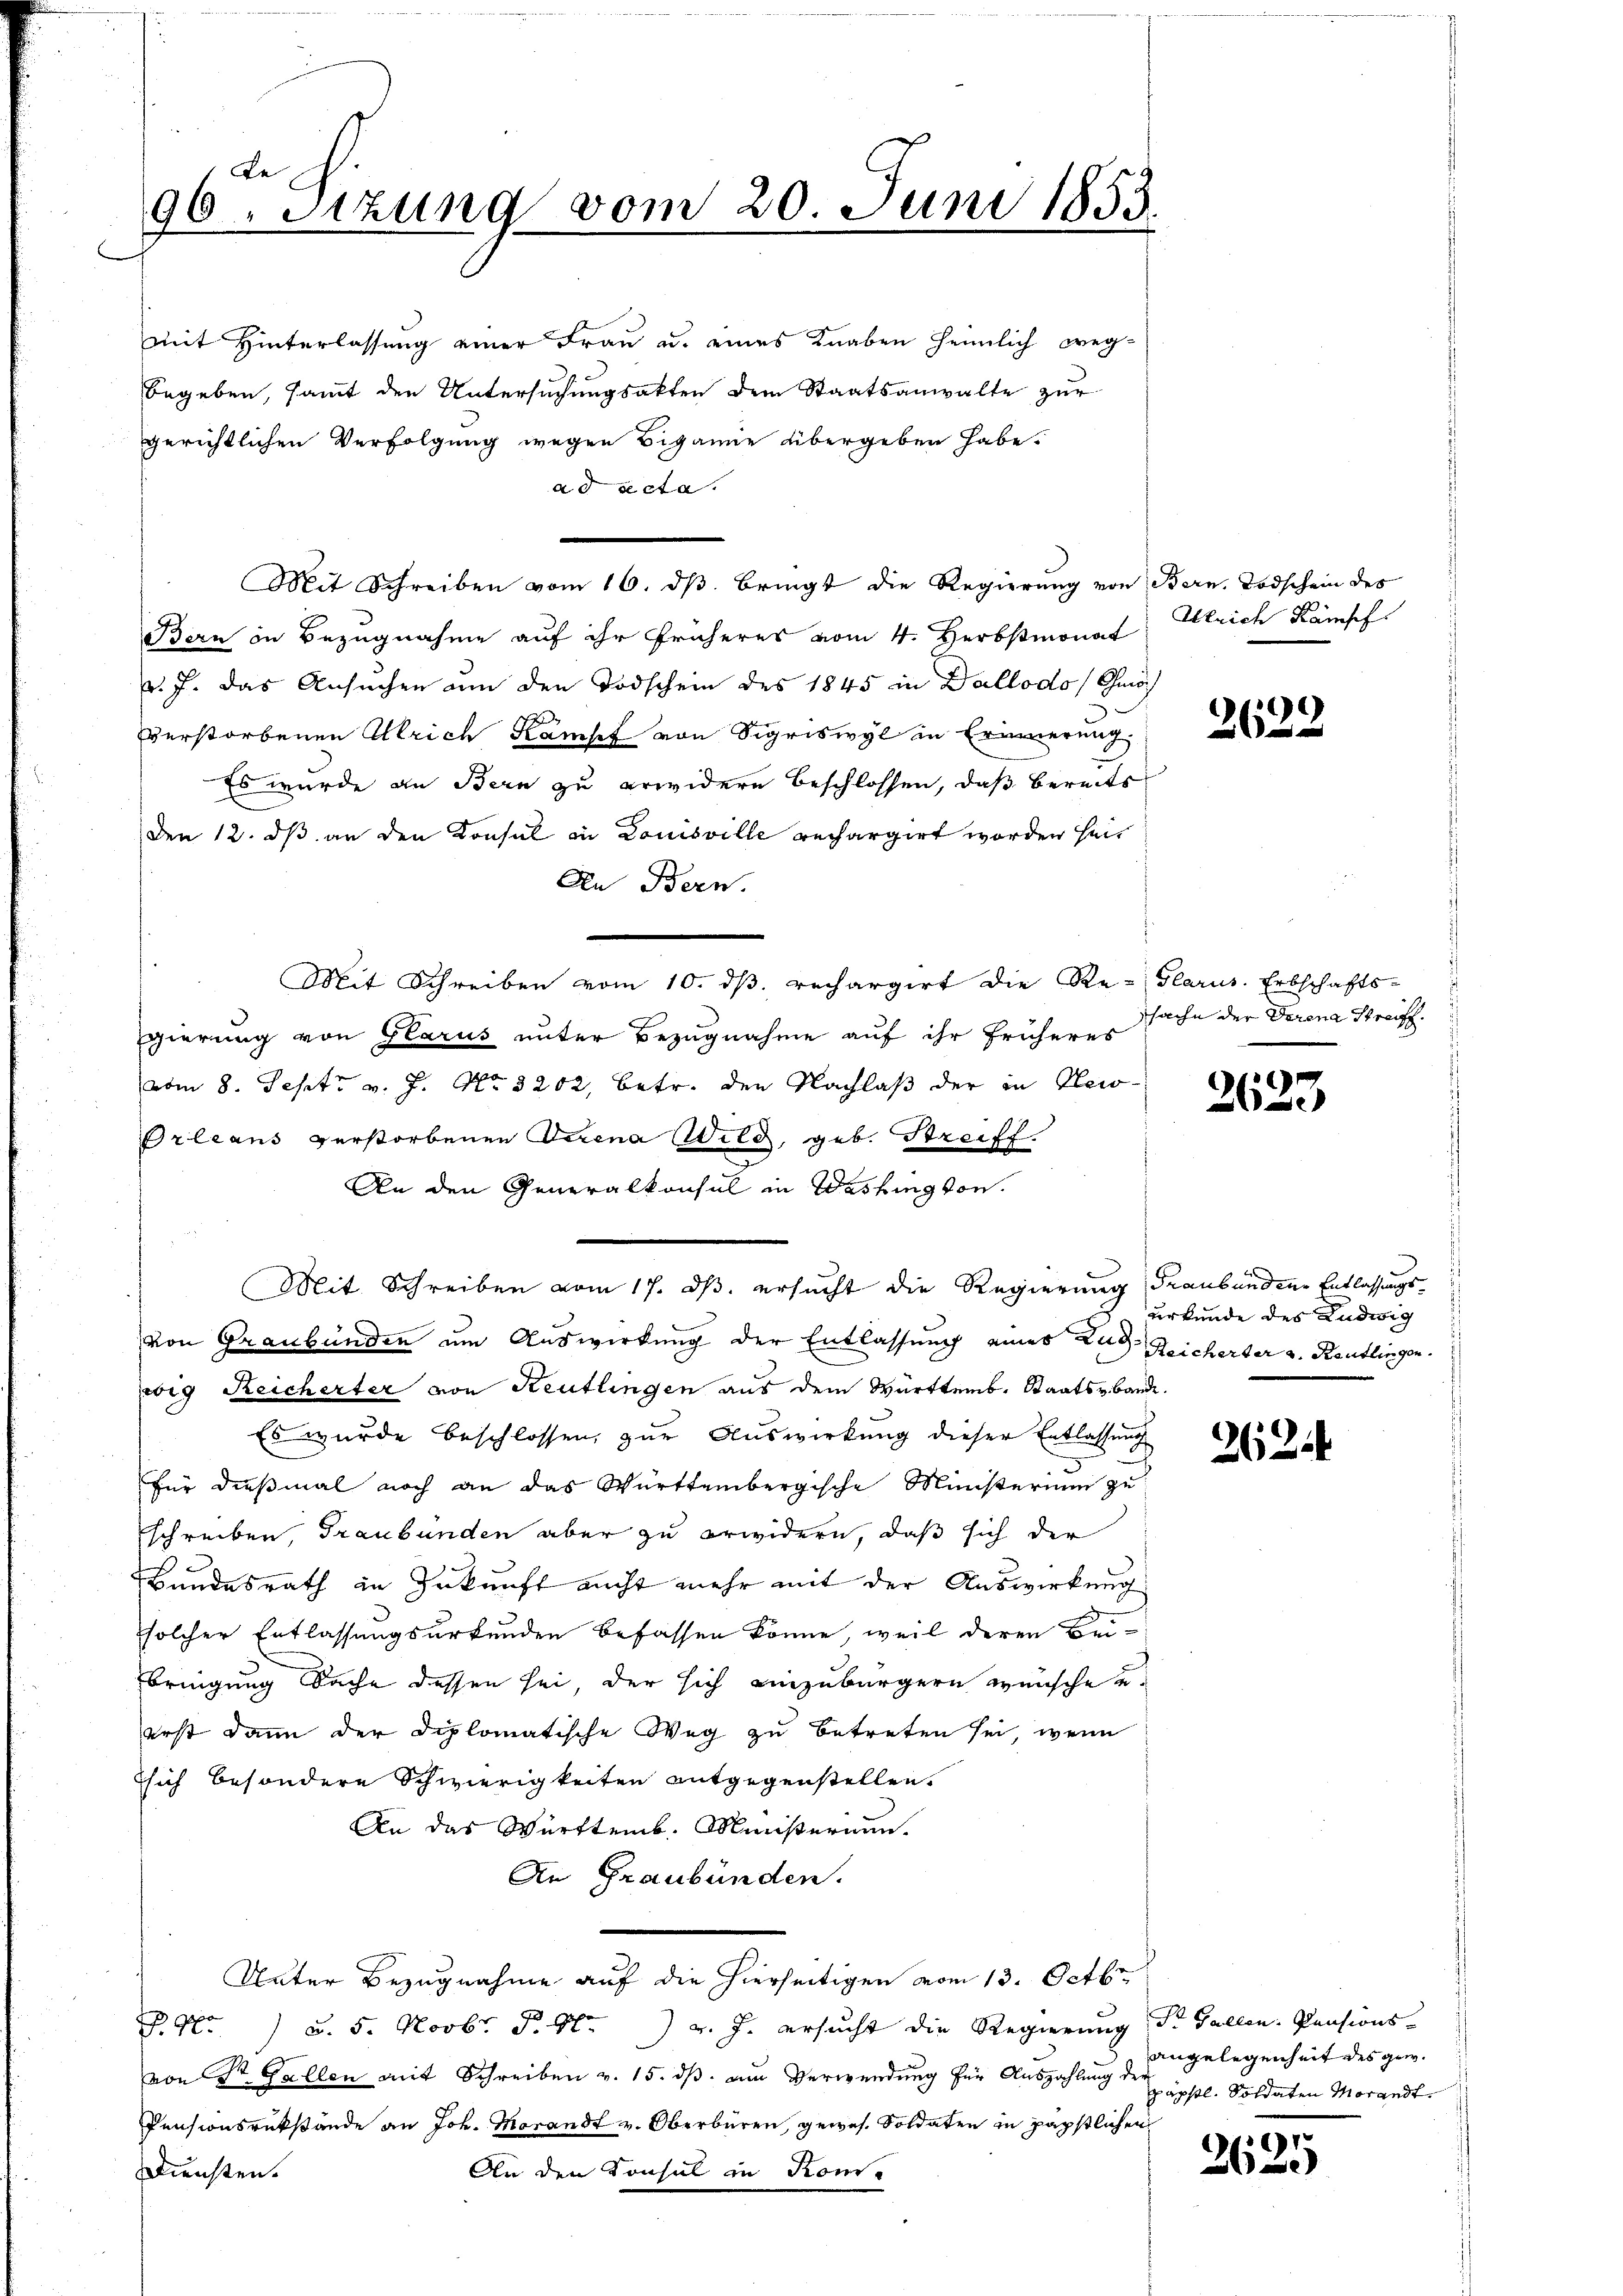
Be
96. Sitzung vom 20. Juni 1853.

begeben, samt den Untersuchungsakten dem Staatsanwalte zur
gerichtlichen Verfolgung wegen Beganne übergeben habe.
ad acta
Mit Schreiben vom 16. ds. bringt die Regierung von Bern, Todschein des
Bern in Bezugnahme auf ihr früheres vom 4. Herbstmonat Gleich Kämpf
v. J. das Ansuchen um den Todschein des 1845 in Dallodo, möch
verstorbenen Ulrich Kampf von Sigriswyl in Erinnerung.
Es wurde an Bern zu erwidern beschlossen, daß bereits
Den 12. ds an den Konsul in Louisville rechargirt worden sein
An Bern.
Mit Schreiben vom 10. dβ. rechargirt die Re-Glarus. Erbschafts-
gierung von Glarus unter Bezugnahme auf ihr früheres
vom 8. Sept v. J. No. 3202, betr. den Nachlaß der in Klei¬
Orleans verstorbenen derena Wild, geb. Streiff.
An den Generalkonsul in Washington.
Mit Schreiben vom 17. ds. ersucht die Regierung (Traubündene Entlassungsvon Graubünden um Auswirkung der Entlassung eines Rud. Reicherter a. Reutlingen.
zig Reicherter von Reutlingen aus dem Württemb. Staatsbande.
Es wurde beschlossen, zur Auswirkung dieser Entlassung
u
für dießmal noch an das Württembergische Ministerium zu
schreiben, Graubünden aber zu erwidern, daß sich der
Bundesrath in Zukunft nicht mehr mit der Auswirkung
solcher Entlassungsurkunden befassen könne, weil deren Bei-
Ebringung Sache dessen sei, der sich einzubürgern wünsche u.
erst dann der Diplomatische Weg zu betreten sei, wenn
Esich besondere Schwierigkeiten entgegenstellen.
An das Württemb. Ministerium.
An Graubünden.
Unter Bezugnahme auf die hierseitigen vom 13. Octbr.
P. Nr. 1 u. 5. Novbr. P. M. v. J. ersucht die Regierung St. Gallen. Pensions-
von St. Gallen mit Schreiben v. 15. dß. am Verwendung für Auszahlung der
Pensionsrükstände an Joh. Morandt v. Oberbüren, gewes. Soldaten in päpstlichen
Diensten.
An den Konsul in Kom-

mit Hinterlassung einer Frau u. eines Knaben heimlich weg¬

2622

ssache der Derena Streiff

2623

urkunde des Ludwig

2624

angelegenheit des gew.
päpstl. Soldaten Morandt.

1
Sbis